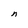
Character: n